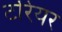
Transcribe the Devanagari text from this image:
टरियर